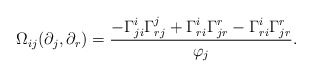
\begin{align*} \Omega_{ij}(\partial_j,\partial_r)=\frac{-\Gamma_{ji}^i\Gamma_{rj}^j+\Gamma_{ri}^i\Gamma_{jr}^r-\Gamma_{ri}^i\Gamma_{jr}^r}{\varphi_j}. \end{align*}